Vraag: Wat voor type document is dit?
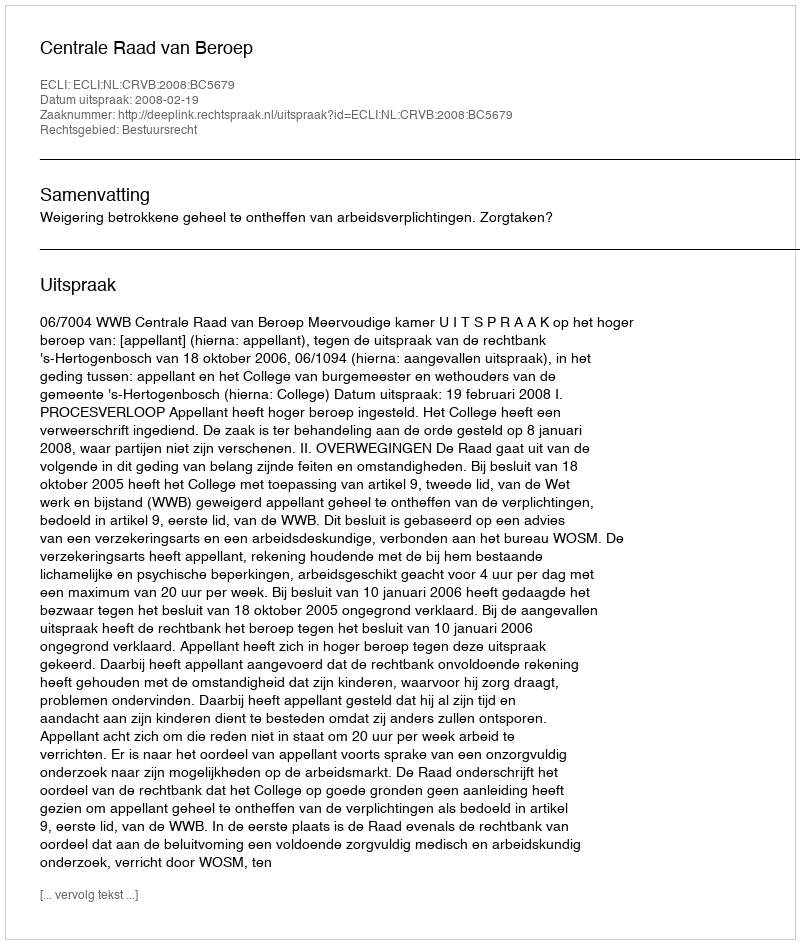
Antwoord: Uitspraak